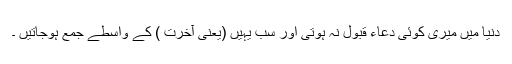
دُنیا میں میری کوئی دُعاء قَبول نہ ہوتی اور سب یہیں (یعنی آخِرت ) کے واسِطے جمع ہوجاتیں ۔